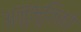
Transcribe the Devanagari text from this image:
अनुभूतिको